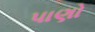
પાણો